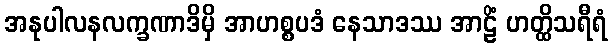
အနုပါလနလက္ခဏာဒိမှိ အာဟစ္စပဒံ နေသာဒဿ အာဠိံ ဟတ္ထိသရီရံ